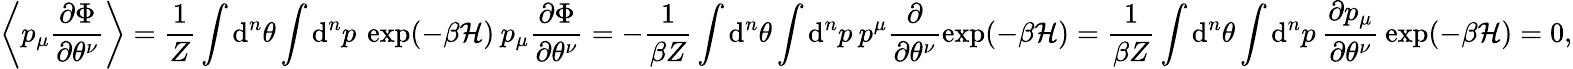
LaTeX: \left\langle p_{\mu}\frac{\partial\Phi}{\partial\theta^{\nu}}\right\rangle=\frac{1}{Z}\int\mathrm{d}^{n}\theta\int\mathrm{d}^{n}p\: \exp(-\beta\mathcal{H})\: p_{\mu}\frac{\partial\Phi}{\partial\theta^{\nu}}=-\frac{1}{\beta Z}\int\mathrm{d}^{n}\theta\int\mathrm{d}^{n}p\: p^{\mu}\frac{\partial}{\partial\theta^{\nu}}\exp(-\beta\mathcal{H})=\frac{1}{\beta Z}\int\mathrm{d}^{n}\theta\int\mathrm{d}^{n}p\: \frac{\partial p_{\mu}}{\partial\theta^{\nu}}\: \exp(-\beta\mathcal{H})=0,